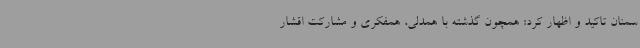
سمنان تاکید و اظهار کرد: همچون گذشته با همدلی، همفکری و مشارکت اقشار